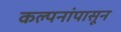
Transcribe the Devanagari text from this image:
कल्पनांपासून